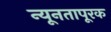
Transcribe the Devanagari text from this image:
न्यूनतापूरक